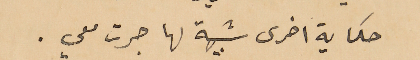
حكاية اخرى شبيهة لها جرت معي.